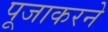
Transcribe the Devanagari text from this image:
पूजाकरने